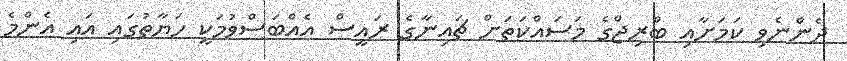
ދެންނެވި ކަމަށާއި ބްރިޖްގެ މަސައްކަތަށް ޗައިނާގެ ރައީސް އެއްބަސްވުމަކީ ހަޔާތުގައި އައި އެންމެ